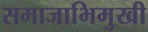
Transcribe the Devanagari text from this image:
समाजाभिमुखी